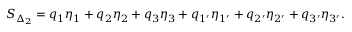
\begin{array} { r } { S _ { \Delta _ { 2 } } = q _ { 1 } \eta _ { 1 } + q _ { 2 } \eta _ { 2 } + q _ { 3 } \eta _ { 3 } + q _ { 1 ^ { \prime } } \eta _ { 1 ^ { \prime } } + q _ { 2 ^ { \prime } } \eta _ { 2 ^ { \prime } } + q _ { 3 ^ { \prime } } \eta _ { 3 ^ { \prime } } . } \end{array}